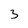
Character: 3